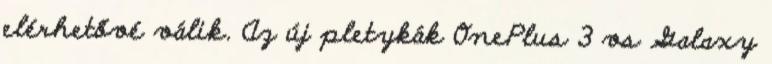
elérhetővé válik. Az új pletykák OnePlus 3 vs Galaxy